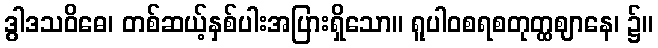
ဒွါဒသဝိဓေ၊ တစ်ဆယ့်နှစ်ပါးအပြားရှိသော။ ရူပါဝစရစတုတ္ထဈာနေ၊ ၌။